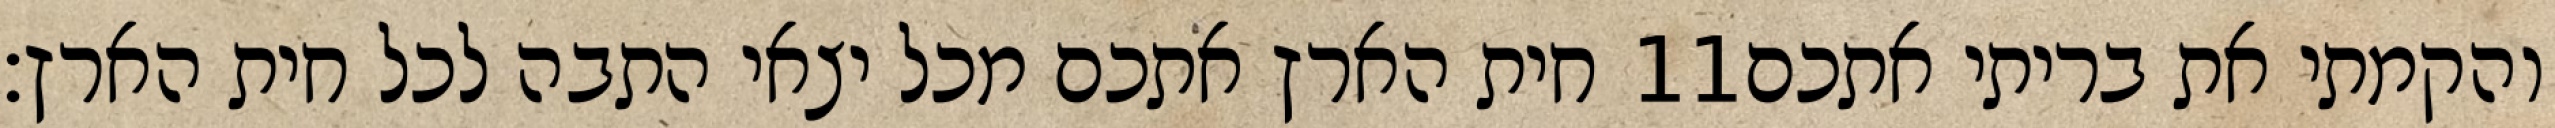
חית הארץ אתכם מכל יצאי התבה לכל חית הארץ׃ ‎11‏ והקמתי את בריתי אתכם